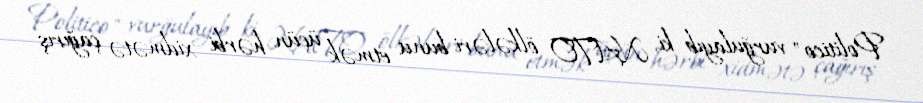
Politico" vurğulayıb ki, NATO ölkələri bunu etmək üçün hərbi xidmətə çağırış